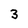
Character: 3